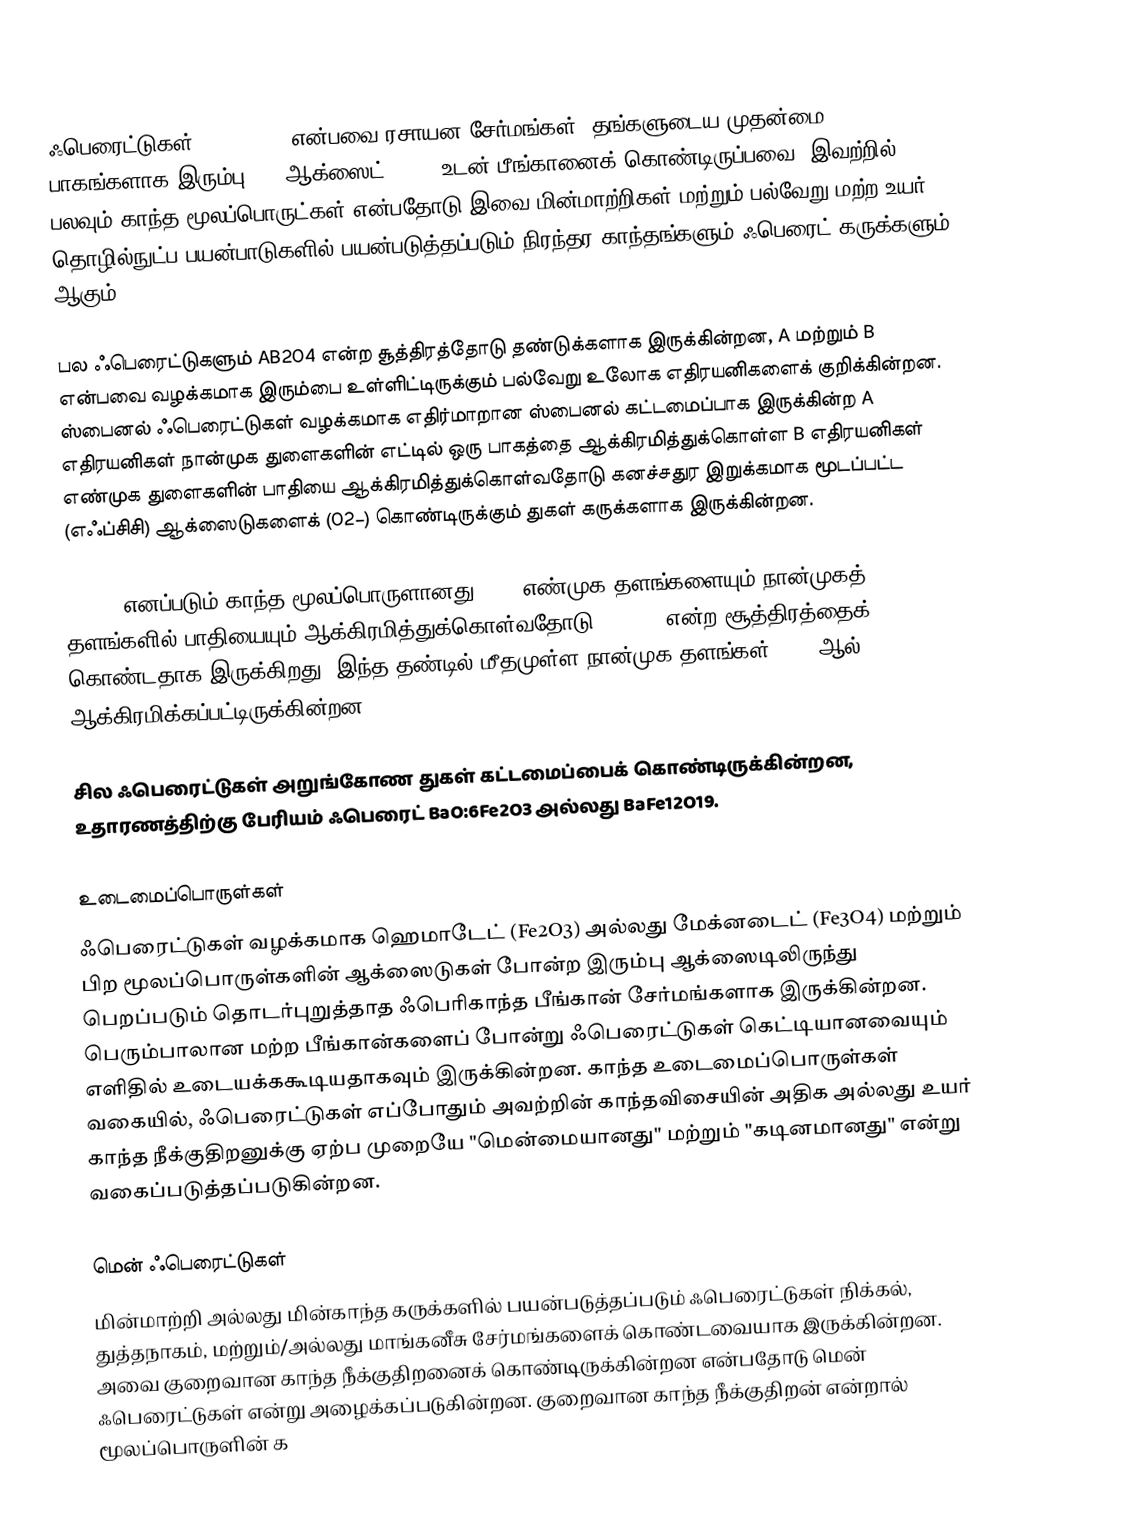
ஃபெரைட்டுகள் (Ferrites)  என்பவை ரசாயன சேர்மங்கள், தங்களுடைய முதன்மை பாகங்களாக இரும்பு(III)ஆக்ஸைட் Fe2O3 உடன் பீங்கானைக் கொண்டிருப்பவை. இவற்றில் பலவும் காந்த மூலப்பொருட்கள் என்பதோடு இவை மின்மாற்றிகள் மற்றும் பல்வேறு மற்ற உயர் தொழில்நுட்ப பயன்பாடுகளில் பயன்படுத்தப்படும் நிரந்தர காந்தங்களும் ஃபெரைட் கருக்களும் ஆகும்.

பல ஃபெரைட்டுகளும் AB2O4 என்ற சூத்திரத்தோடு தண்டுக்களாக இருக்கின்றன, A மற்றும் B என்பவை வழக்கமாக இரும்பை உள்ளிட்டிருக்கும் பல்வேறு உலோக எதிரயனிகளைக் குறிக்கின்றன. ஸ்பைனல் ஃபெரைட்டுகள் வழக்கமாக எதிர்மாறான ஸ்பைனல் கட்டமைப்பாக இருக்கின்ற A எதிரயனிகள் நான்முக துளைகளின் எட்டில் ஒரு பாகத்தை ஆக்கிரமித்துக்கொள்ள B எதிரயனிகள் எண்முக துளைகளின் பாதியை ஆக்கிரமித்துக்கொள்வதோடு கனச்சதுர இறுக்கமாக மூடப்பட்ட (எஃப்சிசி) ஆக்ஸைடுகளைக் (O2−) கொண்டிருக்கும் துகள் கருக்களாக இருக்கின்றன.

"ZnFe" எனப்படும் காந்த மூலப்பொருளானது Fe3+ எண்முக தளங்களையும் நான்முகத் தளங்களில் பாதியையும் ஆக்கிரமித்துக்கொள்வதோடு ZnFe2O4 என்ற சூத்திரத்தைக் கொண்டதாக இருக்கிறது. இந்த தண்டில் மீதமுள்ள நான்முக தளங்கள் Zn2+ ஆல் ஆக்கிரமிக்கப்பட்டிருக்கின்றன.

சில ஃபெரைட்டுகள் அறுங்கோண துகள் கட்டமைப்பைக் கொண்டிருக்கின்றன, உதாரணத்திற்கு பேரியம் ஃபெரைட் BaO:6Fe2O3 அல்லது BaFe12O19.

உடைமைப்பொருள்கள்
ஃபெரைட்டுகள் வழக்கமாக ஹெமாடேட் (Fe2O3) அல்லது மேக்னடைட் (Fe3O4) மற்றும் பிற மூலப்பொருள்களின் ஆக்ஸைடுகள் போன்ற இரும்பு ஆக்ஸைடிலிருந்து பெறப்படும் தொடர்புறுத்தாத ஃபெரிகாந்த பீங்கான் சேர்மங்களாக இருக்கின்றன. பெரும்பாலான மற்ற பீங்கான்களைப் போன்று ஃபெரைட்டுகள் கெட்டியானவையும் எளிதில் உடையக்ககூடியதாகவும் இருக்கின்றன. காந்த உடைமைப்பொருள்கள் வகையில், ஃபெரைட்டுகள் எப்போதும் அவற்றின் காந்தவிசையின் அதிக அல்லது உயர் காந்த நீக்குதிறனுக்கு ஏற்ப முறையே "மென்மையானது" மற்றும் "கடினமானது" என்று வகைப்படுத்தப்படுகின்றன.

மென் ஃபெரைட்டுகள்
மின்மாற்றி அல்லது மின்காந்த கருக்களில் பயன்படுத்தப்படும் ஃபெரைட்டுகள் நிக்கல், துத்தநாகம், மற்றும்/அல்லது மாங்கனீசு சேர்மங்களைக் கொண்டவையாக இருக்கின்றன. அவை குறைவான காந்த நீக்குதிறனைக் கொண்டிருக்கின்றன என்பதோடு மென் ஃபெரைட்டுகள்  என்று அழைக்கப்படுகின்றன. குறைவான காந்த நீக்குதிறன் என்றால் மூலப்பொருளின் க